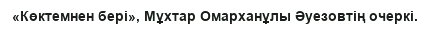
«Көктемнен бері», Мұхтар Омарханұлы Әуезовтің очеркі.